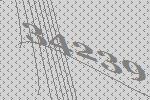
34239